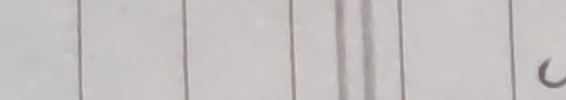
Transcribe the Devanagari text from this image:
च